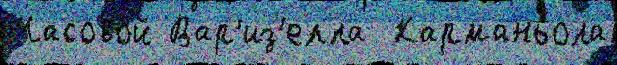
Часово́й Вар'из'елла  Карманьола